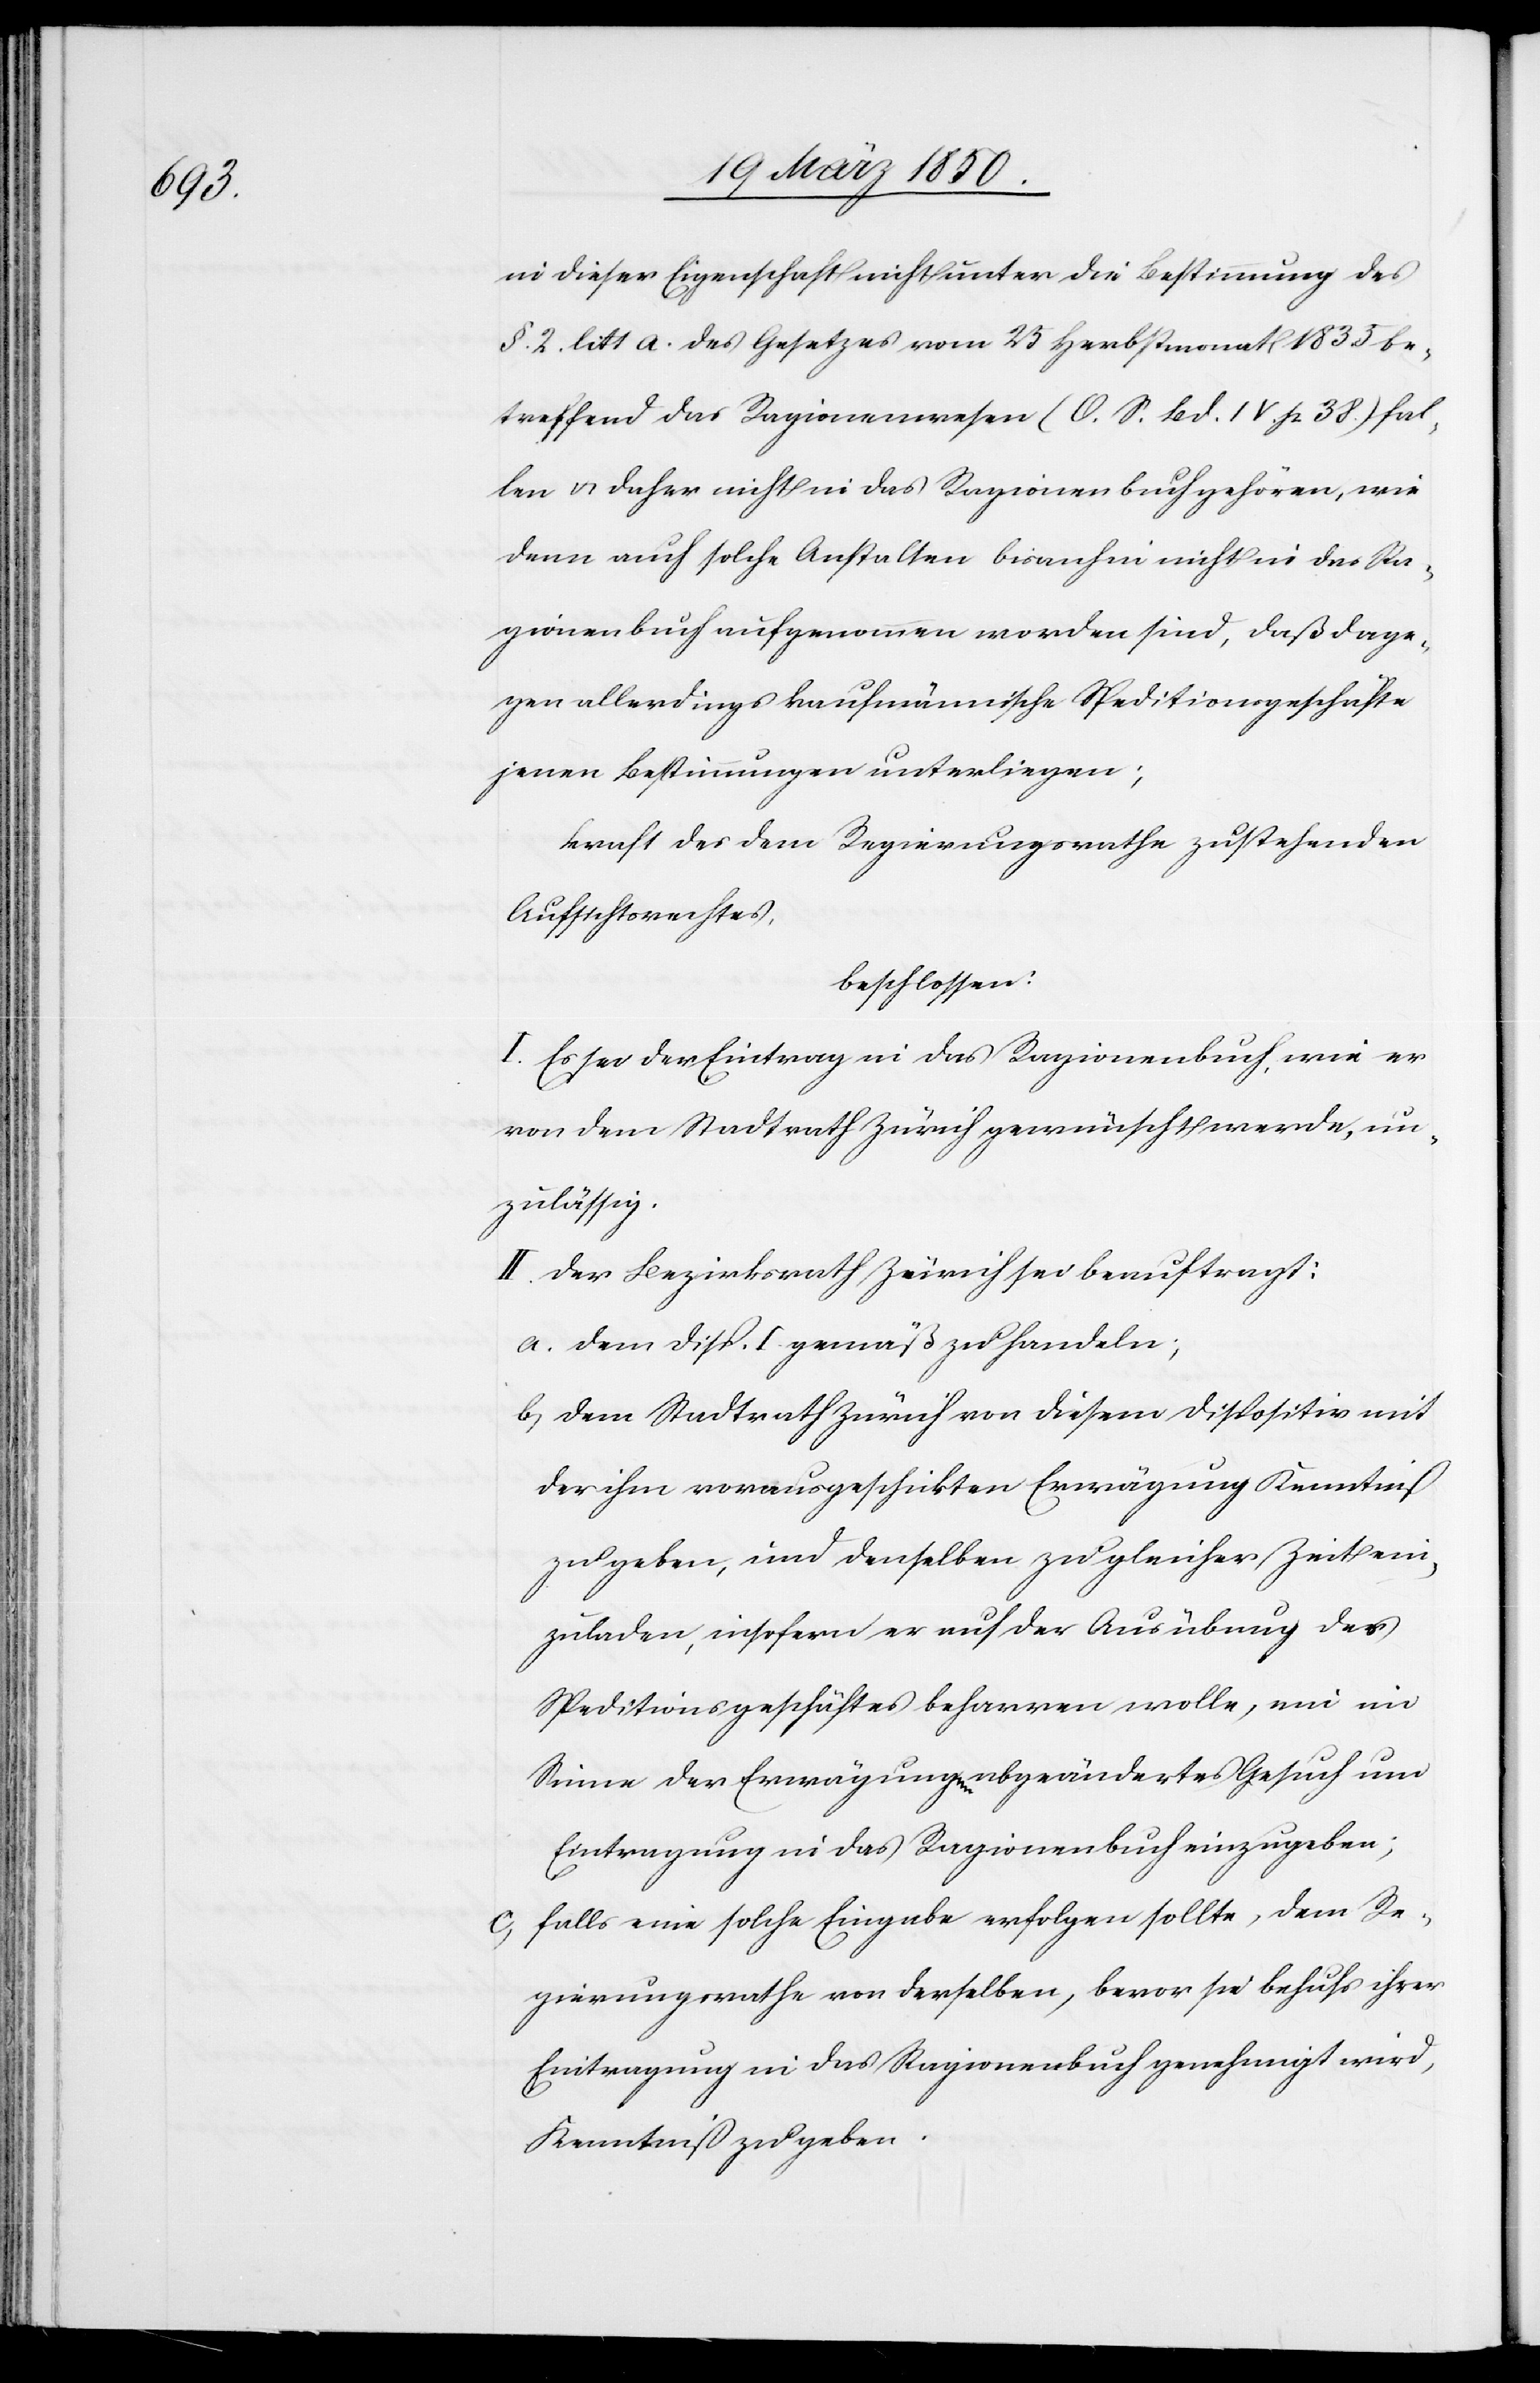
in dieser Eigenschaft nicht unter die Bestimmung des
§. 2. litt a. des Gesetzes vom 25 Herbstmonat 1835 be¬
treffend das Ragionenwesen (O. S. Bd. IV. p 38.) fal¬
len u. daher nicht in das Ragionenbuch gehören, wie
denn auch solche Anstalten bisanhin nicht in das Ra¬
gionenbuch aufgenommen worden sind, daß dage¬
gen allerdings kaufmännische Speditionsgeschäfte
jenen Bestimmungen unterliegen;
kraft des dem Regierungsrathe zustehenden
Aufsichtsrechtes,
beschlossen:
I. Es sei der Eintrag in das Ragionenbuh, wie er
von dem Stadtrath Zürich gewünscht werde, un¬
zulässig.
II. Der Bezirksrath Zürich sei beauftragt:
a. dem Disp. I gemäß zu handeln;
b. dem Stadtrath Zürich von diesem Dispositiv mit
der ihm vorausgeschickten Erwägung Kenntniß
zu geben, und denselben zu gleicher Zeit ein¬
zuladen, insofern er auf der Ausübung der
Speditionsgeschäftes beharren wolle, ein im
Sinne der Erwägung abgeändertes Gesuch um
Eintragung in das Ragionenbuch einzugeben;
c. falls eine solche Eingabe erfolgen sollte, dem Re¬
gierungsrathe von derselben, bevor sie behufs ihrer
Eintragung in das Ragionenbuch genehmigt wird,
Kenntniß zu geben.